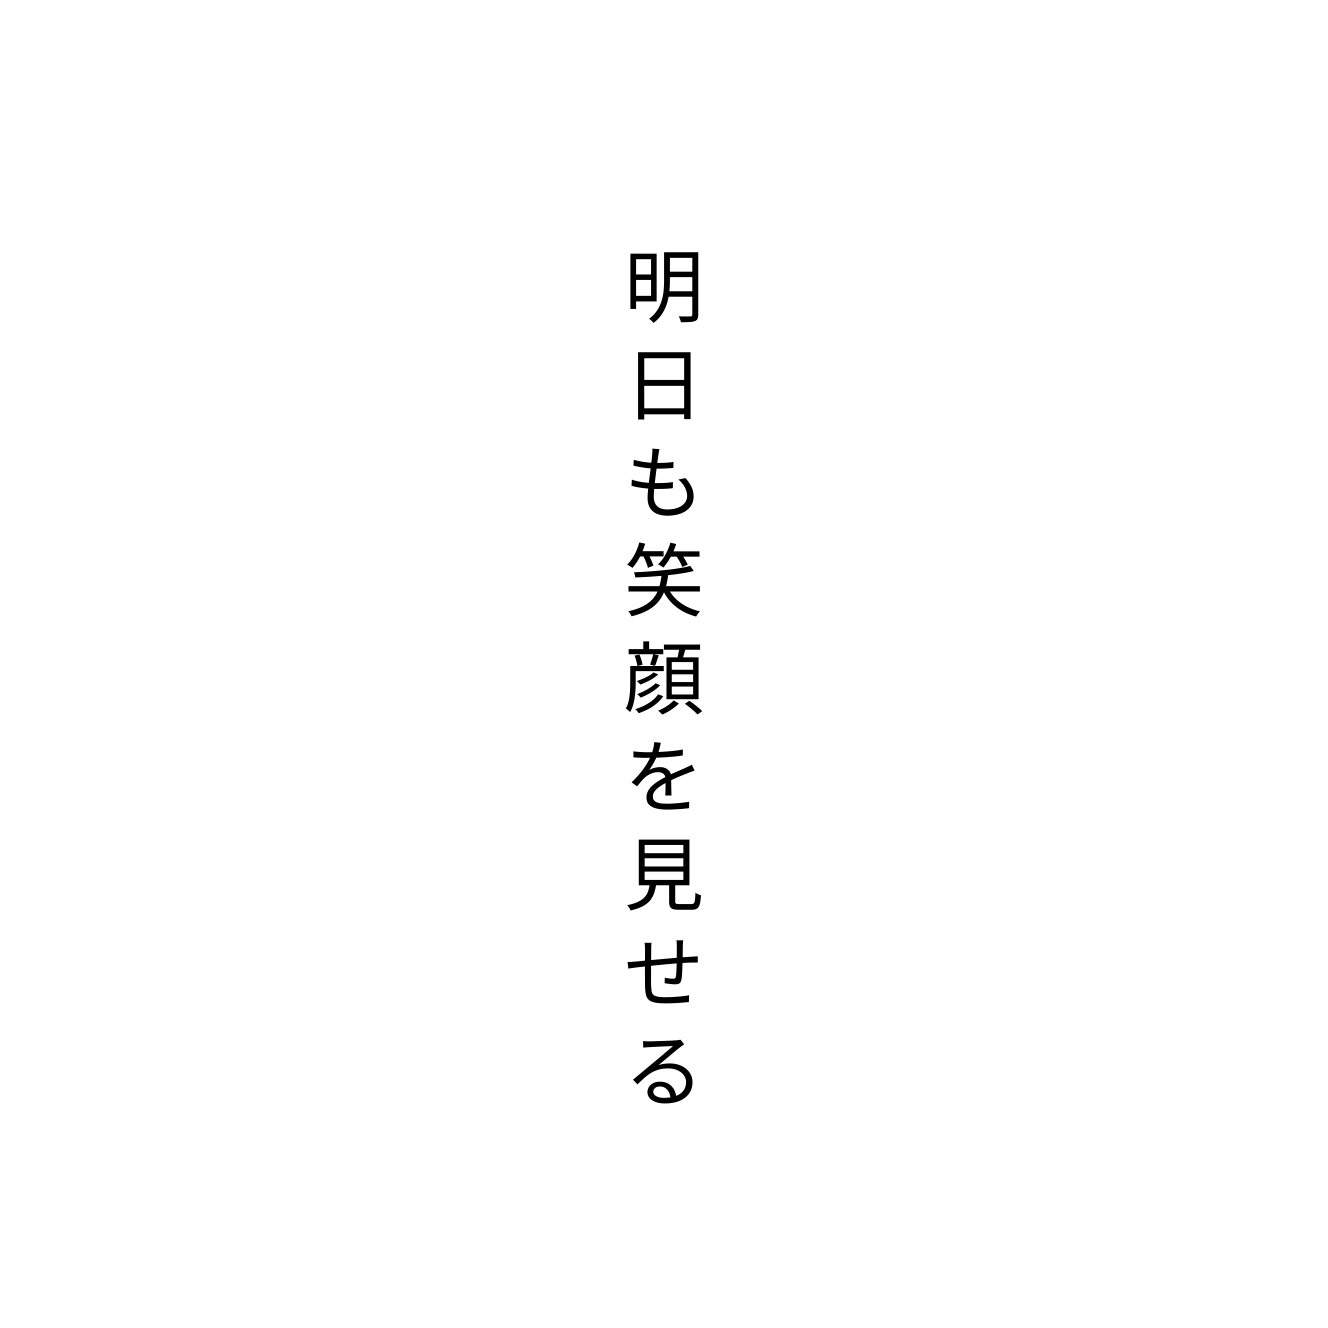
明日も笑顔を見せる